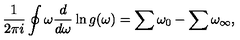
\frac { 1 } { 2 \pi i } \oint \omega \frac { d } { d \omega } \ln g ( \omega ) = \sum \omega _ { 0 } - \sum \omega _ { \infty } ,